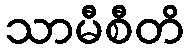
သာမီစီတိ